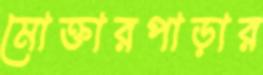
মোক্তারপাড়ার